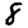
Digit: 8